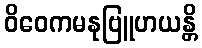
ဝိဝေကမနုဗြူဟယန္တိ